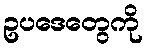
ဥပဒေတွေကို